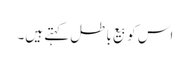
اس کو بیع باطل کہتے ہیں۔